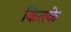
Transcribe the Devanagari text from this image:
कितके